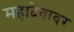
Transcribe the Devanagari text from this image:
महादेवावर